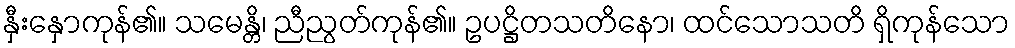
နှီးနှောကုန်၏။ သမေန္တိ၊ ညီညွတ်ကုန်၏။ ဥပဋ္ဌိတသတိနော၊ ထင်သောသတိ ရှိကုန်သော